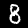
Digit: 8